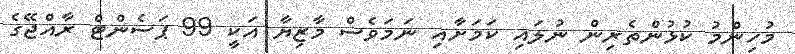
މުހިންމު ކުޅުންތެރިން ނުލައި ކަމަށާއި ނަމަވެސް މާޒިޔާ އަކީ 99 ޕަސެންޓް ރާއްޖޭގެ